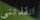
انقذتني